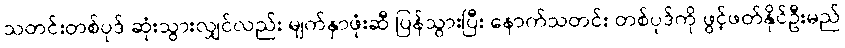
သတင်းတစ်ပုဒ် ဆုံးသွားလျှင်လည်း မျက်နှာဖုံးဆီ ပြန်သွားပြီး နောက်သတင်း တစ်ပုဒ်ကို ဖွင့်ဖတ်နိုင်ဦးမည်